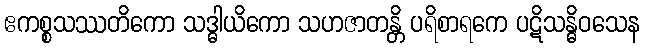
ဧကစ္စသဿတိကော သဒ္ဓါယိကော သဟဇာတန္တိ ပရိစာရကေ ပဋိသန္ဓိဝသေန